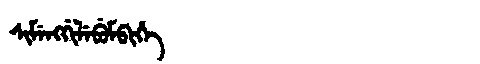
Manchu: ᠰᡳᠮᡝᠩᡤᡳᠯᡝᠪᡠᠮᠪᡳᡥᡝ
Romanization: SIMENGGILEBUMBIHE